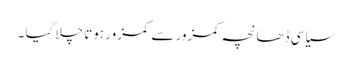
سیاسی ڈھانچہ کمزور سے کمزور ہوتا چلا گیا ۔